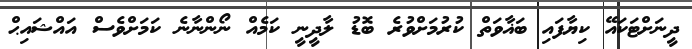
ދީނަށްޓަކައޭ ކިޔާފައި ބަޣާވަތް ކުރުމަށްވުރެ ބޮޑު ލާދީނީ ކަމެއް ނޯންނާނެ ކަމަށްވެސް އައްޝައިޙް